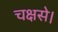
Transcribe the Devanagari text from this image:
चक्षसे।